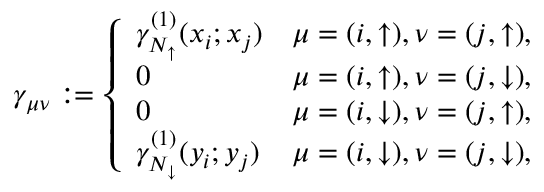
\gamma _ { \mu \nu } : = \left\{ \begin{array} { l l } { \gamma _ { N _ { \uparrow } } ^ { ( 1 ) } ( x _ { i } ; x _ { j } ) } & { \mu = ( i , \uparrow ) , \nu = ( j , \uparrow ) , } \\ { 0 } & { \mu = ( i , \uparrow ) , \nu = ( j , \downarrow ) , } \\ { 0 } & { \mu = ( i , \downarrow ) , \nu = ( j , \uparrow ) , } \\ { \gamma _ { N _ { \downarrow } } ^ { ( 1 ) } ( y _ { i } ; y _ { j } ) } & { \mu = ( i , \downarrow ) , \nu = ( j , \downarrow ) , } \end{array} \right.